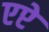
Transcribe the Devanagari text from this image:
एप्टे